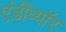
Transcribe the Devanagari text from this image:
एंडीव्यॉर